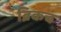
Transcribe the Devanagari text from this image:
ब्रिकचं